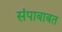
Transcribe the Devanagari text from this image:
संपाबाबत